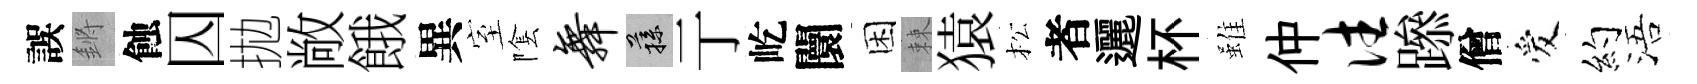
誤鏘蝕囚拋敞餓異室隂舞蓀亍屹闤困棘猿松者邐杯雖仲往𨅶僧爱约浯